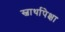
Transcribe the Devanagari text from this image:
स्वार्थापेक्षा